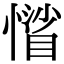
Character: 𢡾